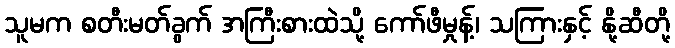
သူမက စတီးမတ်ခွက် အကြီးစားထဲသို့ ကော်ဖီမှုန့်၊ သကြားနှင့် နို့ဆီတို့